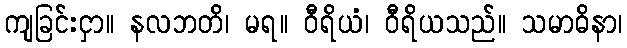
ကျခြင်းငှာ။ နလဘတိ၊ မရ။ ဝီရိယံ၊ ဝီရိယသည်။ သမာဓိနာ၊